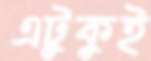
এটুকুই